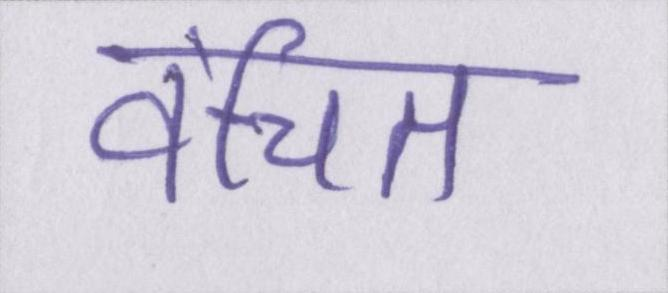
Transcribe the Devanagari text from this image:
वंचित